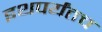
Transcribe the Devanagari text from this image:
इथपर्यंतच